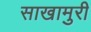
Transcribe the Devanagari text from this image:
साखामुरी